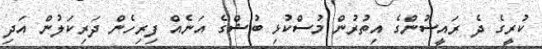
ކުރީގެ ދެ ރައީސުންގެ އިތުރުން މުސްކުޅި ބުޝްގެ އަނެއް ފިރިހެން ދަރިކަލުން އަދި